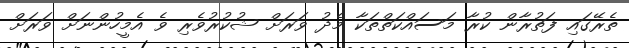
ތެރޭގައި ފަތުރާން ކުރާ މަސައްކަތްތަކާ މެދު ވަރަށް ޝުކުރުވެރި ވެ އެމީހުންނަށް ވަރަށް